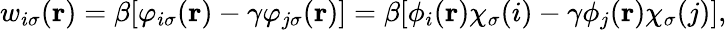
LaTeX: \begin{array}{r}{w_{i\sigma}(\textbf{r})=\beta[\varphi_{i\sigma}(\textbf{r})-\gamma\varphi_{j\sigma}(\textbf{r})]=\beta[\phi_{i}(\textbf{r})\chi_{\sigma}(i)-\gamma\phi_{j}(\textbf{r})\chi_{\sigma}(j)],}\end{array}